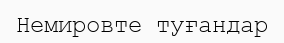
Немировте туғандар